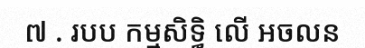
៧ . របប កម្មសិទ្ធិ លើ អចលន